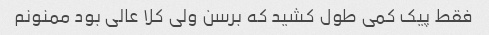
فقط پیک کمی طول کشید که برسن ولی کلا عالی بود ممنونم